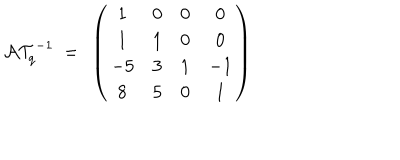
{ \cal A T } _ { q } ^ { - 1 } ~ = ~ \left( \begin{matrix} { { 1 } } & { { 0 } } & { { 0 } } & { { 0 } } \\ { { 1 } } & { { 1 } } & { { 0 } } & { { 0 } } \\ { { - 5 } } & { { 3 } } & { { 1 } } & { { - 1 } } \\ { { 8 } } & { { 5 } } & { { 0 } } & { { 1 } } \\ \end{matrix} \right)